Annual report of the Bengal Veterinary College and of the Civil Veterinary Department, Bengal, for the year 1912-1913 - 1912-1913
Year: 1912
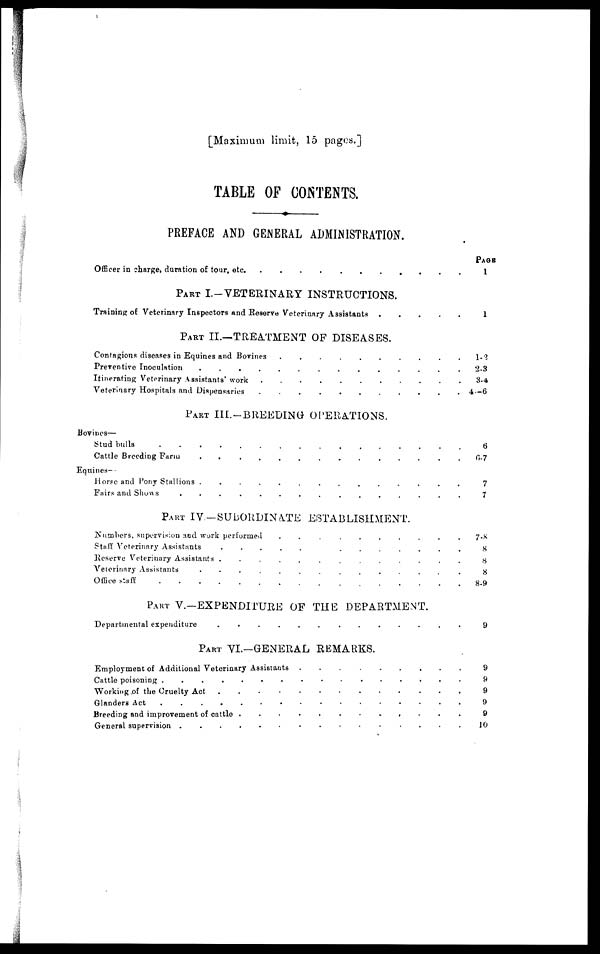
[Maximum limit, 15 pages.]
TABLE OF CONTENTS.
PREFACE AND GENERAL ADMINISTRATION.
Officer in charge duration of tour, etc. ......................................................
PART I.-VETERINARY INSTRUCTIONS.
Training of Veterinary Inspectors and Reserve Veterinary Assistants
PART II.—TREATMENT OF DISEASES.
Contagious diseases in Equines and Bovines ...............................................
Preventive Inoculation
Itinerating Veterinary Assistants' work
Veterinary Hospitals and Dispensaries
PART III.-BREEDING OPERATIONS.
Bovines—
Stud bulls ....................................................................................
Cattle Breeding Farm ........................................................
Equines-
Horse and Pony Stallions ..............................................................
Fairs and shows .............................................................................
PART IV-SUBORDINATE ESTABLISHMENT.
Numbers, supervision and work performed
..........
Stall Veterinary Assistants
.
.
.
.
.
Reserve Veterinary Assistants ...........................................................
Veterinary Assistants
.......................
Office staff
PART V.—EXPENDITURE OF THE DEPARTMENT.
Departmental expenditure ...................................................................
PART VI.—GENERAL REMARKS.
Employment of Additional Veterinary Assistants
..........
Cattle poisoning ..........................................................................
Working of Cruelty Act ..............................................................
Glanders Act .....................................................................
Breeding and improvement of cattle ......................................................
General supervision ........................................................
PAGE
1
1
1-2
2-3
3-4
4—6
6
6-7
7
7
7-8
8
8
8
8-9
9
9
9
9
9
10